Subject: math
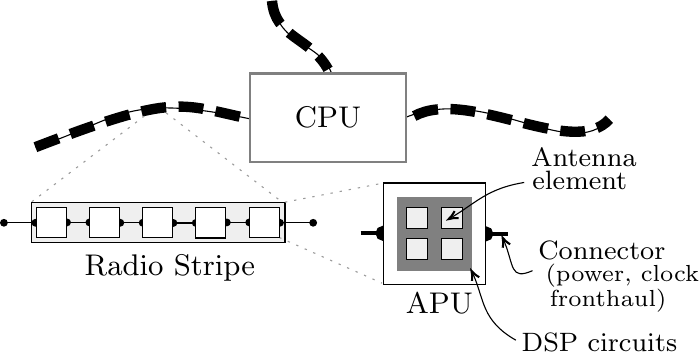
LaTeX code:
\begin{tikzpicture}[x=0.75pt,y=0.75pt,yscale=-1,xscale=1]

\draw [line width=1.5]    (349.1,145.25) -- (359.85,145.25) ;
\draw [shift={(349.1,145.25)}, rotate = 0] [color={rgb, 255:red, 0; green, 0; blue, 0 }  ][fill={rgb, 255:red, 0; green, 0; blue, 0 }  ][line width=1.5]      (0, 0) circle [x radius= 2.61, y radius= 2.61]   ;
\draw [line width=1.5]    (288.85,145) -- (299.6,145) ;
\draw [shift={(299.6,145)}, rotate = 0] [color={rgb, 255:red, 0; green, 0; blue, 0 }  ][fill={rgb, 255:red, 0; green, 0; blue, 0 }  ][line width=1.5]      (0, 0) circle [x radius= 2.61, y radius= 2.61]   ;
\draw  [fill={rgb, 255:red, 255; green, 255; blue, 255 }  ,fill opacity=1 ] (299.85,120.75) -- (348.85,120.75) -- (348.85,169.75) -- (299.85,169.75) -- cycle ;
\draw  [draw opacity=0][fill={rgb, 255:red, 128; green, 128; blue, 128 }  ,fill opacity=1 ] (306.48,127.38) -- (342.23,127.38) -- (342.23,163.13) -- (306.48,163.13) -- cycle ;
\draw [line width=3.75]  [dash pattern={on 9pt off 4.5pt}]  (132.1,103.5) .. controls (202.1,76.5) and (201.1,83) .. (238.6,90.5) ;
\draw    (132.1,103.5) .. controls (174.1,90) and (173.6,76.5) .. (238.6,90.5) ;
\draw    (308.6,90) .. controls (348.1,71.5) and (389.6,112) .. (408.6,90) ;
\draw [line width=3.75]  [dash pattern={on 9pt off 4.5pt}]  (314.6,88.5) .. controls (340.6,74.5) and (391.6,109.5) .. (408.6,90) ;
\draw    (246.1,33) .. controls (249.6,56.5) and (271.1,52) .. (275.6,70.5) ;
\draw [line width=3.75]  [dash pattern={on 9pt off 4.5pt}]  (246.1,33) .. controls (247.6,51) and (264.6,50.5) .. (273.1,66) ;
\draw  [color={rgb, 255:red, 128; green, 128; blue, 128 }  ,draw opacity=1 ][fill={rgb, 255:red, 255; green, 255; blue, 255 }  ,fill opacity=1 ][line width=0.75]  (235.6,68) -- (310.6,68) -- (310.6,110.5) -- (235.6,110.5) -- cycle ;
\draw [color={rgb, 255:red, 155; green, 155; blue, 155 }  ,draw opacity=1 ] [dash pattern={on 0.84pt off 2.51pt}]  (195.1,87) -- (252.35,131) ;
\draw [color={rgb, 255:red, 155; green, 155; blue, 155 }  ,draw opacity=1 ] [dash pattern={on 0.84pt off 2.51pt}]  (184.6,88.5) -- (130.1,130) ;
\draw  [fill={rgb, 255:red, 239; green, 239; blue, 239 }  ,fill opacity=1 ] (130.1,130) -- (252.35,130) -- (252.35,149.5) -- (130.1,149.5) -- cycle ;
\draw    (147.35,139.75) -- (158.1,139.75) ;
\draw [shift={(158.1,139.75)}, rotate = 0] [color={rgb, 255:red, 0; green, 0; blue, 0 }  ][fill={rgb, 255:red, 0; green, 0; blue, 0 }  ][line width=0.75]      (0, 0) circle [x radius= 1.34, y radius= 1.34]   ;
\draw [shift={(147.35,139.75)}, rotate = 0] [color={rgb, 255:red, 0; green, 0; blue, 0 }  ][fill={rgb, 255:red, 0; green, 0; blue, 0 }  ][line width=0.75]      (0, 0) circle [x radius= 1.34, y radius= 1.34]   ;
\draw    (173.02,139.92) -- (183.77,139.92) ;
\draw [shift={(183.77,139.92)}, rotate = 0] [color={rgb, 255:red, 0; green, 0; blue, 0 }  ][fill={rgb, 255:red, 0; green, 0; blue, 0 }  ][line width=0.75]      (0, 0) circle [x radius= 1.34, y radius= 1.34]   ;
\draw [shift={(173.02,139.92)}, rotate = 0] [color={rgb, 255:red, 0; green, 0; blue, 0 }  ][fill={rgb, 255:red, 0; green, 0; blue, 0 }  ][line width=0.75]      (0, 0) circle [x radius= 1.34, y radius= 1.34]   ;
\draw    (198.6,140) -- (209.35,140) ;
\draw [shift={(209.35,140)}, rotate = 0] [color={rgb, 255:red, 0; green, 0; blue, 0 }  ][fill={rgb, 255:red, 0; green, 0; blue, 0 }  ][line width=0.75]      (0, 0) circle [x radius= 1.34, y radius= 1.34]   ;
\draw [shift={(198.6,140)}, rotate = 0] [color={rgb, 255:red, 0; green, 0; blue, 0 }  ][fill={rgb, 255:red, 0; green, 0; blue, 0 }  ][line width=0.75]      (0, 0) circle [x radius= 1.34, y radius= 1.34]   ;
\draw    (224.35,139.75) -- (235.1,139.75) ;
\draw [shift={(235.1,139.75)}, rotate = 0] [color={rgb, 255:red, 0; green, 0; blue, 0 }  ][fill={rgb, 255:red, 0; green, 0; blue, 0 }  ][line width=0.75]      (0, 0) circle [x radius= 1.34, y radius= 1.34]   ;
\draw [shift={(224.35,139.75)}, rotate = 0] [color={rgb, 255:red, 0; green, 0; blue, 0 }  ][fill={rgb, 255:red, 0; green, 0; blue, 0 }  ][line width=0.75]      (0, 0) circle [x radius= 1.34, y radius= 1.34]   ;
\draw [color={rgb, 255:red, 155; green, 155; blue, 155 }  ,draw opacity=1 ] [dash pattern={on 0.84pt off 2.51pt}]  (252.35,130) -- (299.85,120.75) ;
\draw [color={rgb, 255:red, 155; green, 155; blue, 155 }  ,draw opacity=1 ] [dash pattern={on 0.84pt off 2.51pt}]  (249.6,147) -- (299.1,169) ;
\draw  [fill={rgb, 255:red, 239; green, 239; blue, 239 }  ,fill opacity=1 ] (327.6,132.5) -- (337.85,132.5) -- (337.85,142.75) -- (327.6,142.75) -- cycle ;
\draw  [fill={rgb, 255:red, 239; green, 239; blue, 239 }  ,fill opacity=1 ] (327.6,147.5) -- (337.85,147.5) -- (337.85,157.75) -- (327.6,157.75) -- cycle ;
\draw  [fill={rgb, 255:red, 239; green, 239; blue, 239 }  ,fill opacity=1 ] (310.85,132.5) -- (321.1,132.5) -- (321.1,142.75) -- (310.85,142.75) -- cycle ;
\draw  [fill={rgb, 255:red, 239; green, 239; blue, 239 }  ,fill opacity=1 ] (310.85,147.5) -- (321.1,147.5) -- (321.1,157.75) -- (310.85,157.75) -- cycle ;
\draw    (367.6,120.5) .. controls (349.93,123.37) and (344.35,130.33) .. (332.89,137.16) ;
\draw [shift={(331.23,138.13)}, rotate = 330.56] [color={rgb, 255:red, 0; green, 0; blue, 0 }  ][line width=0.75]    (4.37,-1.96) .. controls (2.78,-0.92) and (1.32,-0.27) .. (0,0) .. controls (1.32,0.27) and (2.78,0.92) .. (4.37,1.96)   ;
\draw  [fill={rgb, 255:red, 255; green, 255; blue, 255 }  ,fill opacity=1 ] (158.1,132.5) -- (172.6,132.5) -- (172.6,147) -- (158.1,147) -- cycle ;
\draw  [fill={rgb, 255:red, 255; green, 255; blue, 255 }  ,fill opacity=1 ] (183.77,132.67) -- (198.27,132.67) -- (198.27,147.17) -- (183.77,147.17) -- cycle ;
\draw  [fill={rgb, 255:red, 255; green, 255; blue, 255 }  ,fill opacity=1 ] (209.35,132.75) -- (223.85,132.75) -- (223.85,147.25) -- (209.35,147.25) -- cycle ;
\draw [color={rgb, 255:red, 0; green, 0; blue, 0 }  ,draw opacity=1 ]   (371.6,163) .. controls (360.62,167.78) and (362.77,160.51) .. (357.95,148.81) ;
\draw [shift={(357.23,147.13)}, rotate = 65.5] [color={rgb, 255:red, 0; green, 0; blue, 0 }  ,draw opacity=1 ][line width=0.75]    (4.37,-1.96) .. controls (2.78,-0.92) and (1.32,-0.27) .. (0,0) .. controls (1.32,0.27) and (2.78,0.92) .. (4.37,1.96)   ;
\draw    (363.6,196.5) .. controls (346.89,186.95) and (348.42,176.76) .. (343.03,164.82) ;
\draw [shift={(342.23,163.13)}, rotate = 63.3] [color={rgb, 255:red, 0; green, 0; blue, 0 }  ][line width=0.75]    (4.37,-1.96) .. controls (2.78,-0.92) and (1.32,-0.27) .. (0,0) .. controls (1.32,0.27) and (2.78,0.92) .. (4.37,1.96)   ;
\draw    (116.93,139.92) -- (132.1,139.92) ;
\draw [shift={(132.1,139.92)}, rotate = 0] [color={rgb, 255:red, 0; green, 0; blue, 0 }  ][fill={rgb, 255:red, 0; green, 0; blue, 0 }  ][line width=0.75]      (0, 0) circle [x radius= 1.34, y radius= 1.34]   ;
\draw [shift={(116.93,139.92)}, rotate = 0] [color={rgb, 255:red, 0; green, 0; blue, 0 }  ][fill={rgb, 255:red, 0; green, 0; blue, 0 }  ][line width=0.75]      (0, 0) circle [x radius= 1.34, y radius= 1.34]   ;
\draw  [fill={rgb, 255:red, 255; green, 255; blue, 255 }  ,fill opacity=1 ] (132.6,132.5) -- (147.1,132.5) -- (147.1,147) -- (132.6,147) -- cycle ;
\draw    (249.93,139.92) -- (265.93,139.92) ;
\draw [shift={(265.93,139.92)}, rotate = 0] [color={rgb, 255:red, 0; green, 0; blue, 0 }  ][fill={rgb, 255:red, 0; green, 0; blue, 0 }  ][line width=0.75]      (0, 0) circle [x radius= 1.34, y radius= 1.34]   ;
\draw [shift={(249.93,139.92)}, rotate = 0] [color={rgb, 255:red, 0; green, 0; blue, 0 }  ][fill={rgb, 255:red, 0; green, 0; blue, 0 }  ][line width=0.75]      (0, 0) circle [x radius= 1.34, y radius= 1.34]   ;
\draw  [fill={rgb, 255:red, 255; green, 255; blue, 255 }  ,fill opacity=1 ] (235.1,132.5) -- (249.6,132.5) -- (249.6,147) -- (235.1,147) -- cycle ;

\draw (154.3,154) node [anchor=north west][inner sep=0.75pt]  [font=\small,xscale=1.2,yscale=1.2] [align=left] {Radio Stripe};
\draw (309.1,172.5) node [anchor=north west][inner sep=0.75pt]  [font=\small,xscale=1.2,yscale=1.2] [align=left] {APU};
\draw (369.6,102.5) node [anchor=north west][inner sep=0.75pt]  [font=\footnotesize,xscale=1.2,yscale=1.2] [align=left] {Antenna};
\draw (405.01,153.19) node  [font=\footnotesize,xscale=1.2,yscale=1.2] [align=left] {Connector};
\draw (364.9,191.5) node [anchor=north west][inner sep=0.75pt]  [font=\footnotesize,xscale=1.2,yscale=1.2] [align=left] {DSP circuits};
\draw (370,113.7) node [anchor=north west][inner sep=0.75pt]  [font=\footnotesize,xscale=1.2,yscale=1.2] [align=left] {element};
\draw (376.4,158.5) node [anchor=north west][inner sep=0.75pt]  [font=\scriptsize,xscale=1.2,yscale=1.2] [align=left] {(power, clock};
\draw (378.4,170.5) node [anchor=north west][inner sep=0.75pt]  [font=\scriptsize,xscale=1.2,yscale=1.2] [align=left] {fronthaul)};
\draw (273.1,89.25) node  [font=\small,xscale=1.2,yscale=1.2] [align=left] {CPU};

\end{tikzpicture}